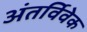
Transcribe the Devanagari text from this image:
अंतर्विवेक